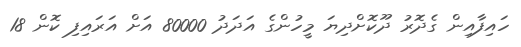
ހައިފާއިން ގެދޮރު ދޫކޮށްދިޔަ މީހުންގެ އަދަދު 80000 އަށް އަރައިފި ކޮން 18